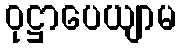
ဝုဋ္ဌာပေယျာမ